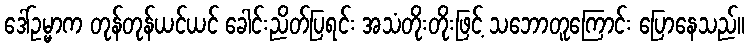
ဒေါ်ဥမ္မာက တုန်တုန်ယင်ယင် ခေါင်းညိတ်ပြရင်း အသံတိုးတိုးဖြင့် သဘောတူကြောင်း ပြောနေသည်။